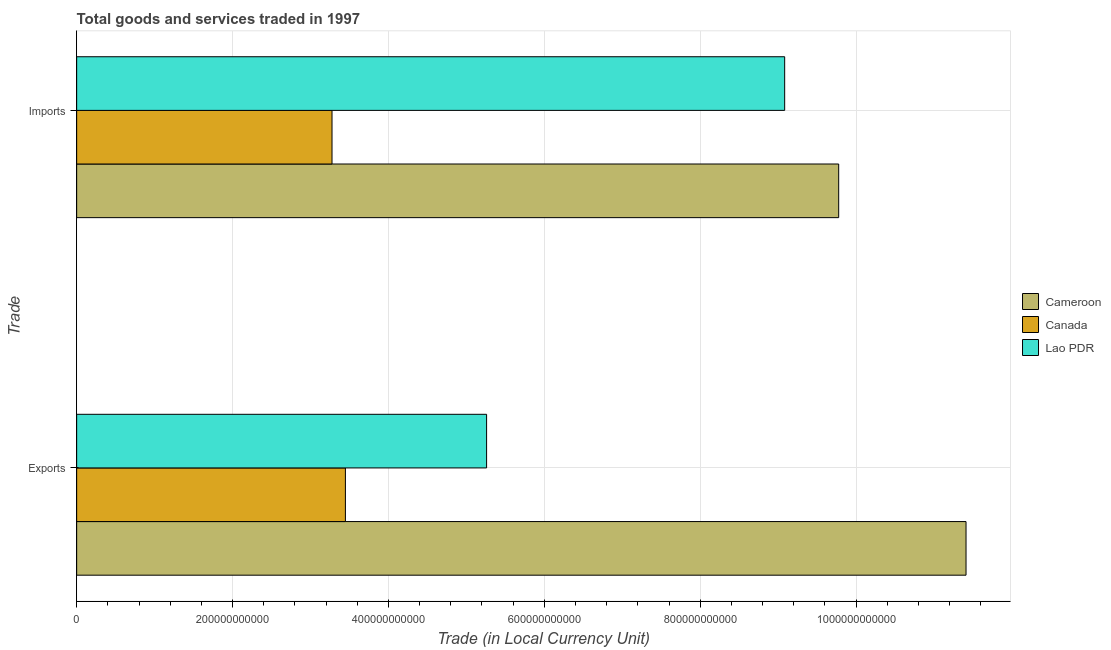
| Trade | Cameroon | Canada | Lao PDR |
 | --- | --- | --- | --- |
 | Exports | 1.14e+12 | 3.45e+11 | 5.26e+11 |
 | Imports | 9.78e+11 | 3.28e+11 | 9.08e+11 |